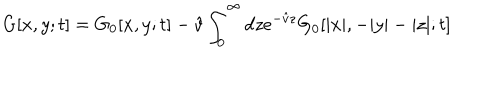
G [ x , y ; t ] = G _ { 0 } [ x , y ; t ] - \hat { v } \int _ { 0 } ^ { \infty } d z e ^ { - \hat { v } z } G _ { 0 } [ | x | , - | y | - | z | ; t ]